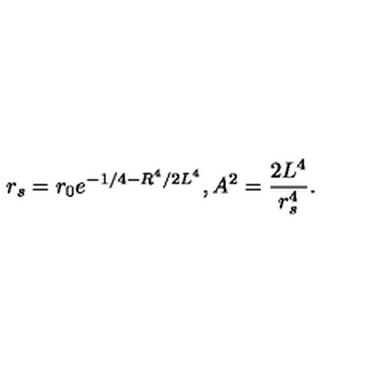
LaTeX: r _ { s } = r _ { 0 } e ^ { - 1 / 4 - R ^ { 4 } / 2 L ^ { 4 } } , A ^ { 2 } = { \frac { 2 L ^ { 4 } } { r _ { s } ^ { 4 } } } .